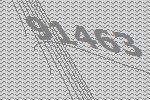
91463